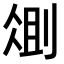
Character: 𫦆